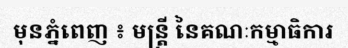
មុនភ្នំពេញ ៖ មន្ត្រី នៃគណៈកម្មាធិការ